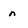
Character: n